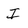
Character: I